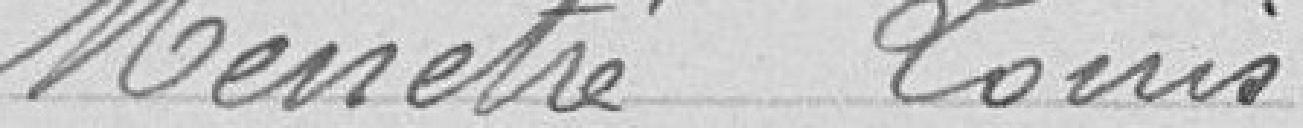
Menetré Louis